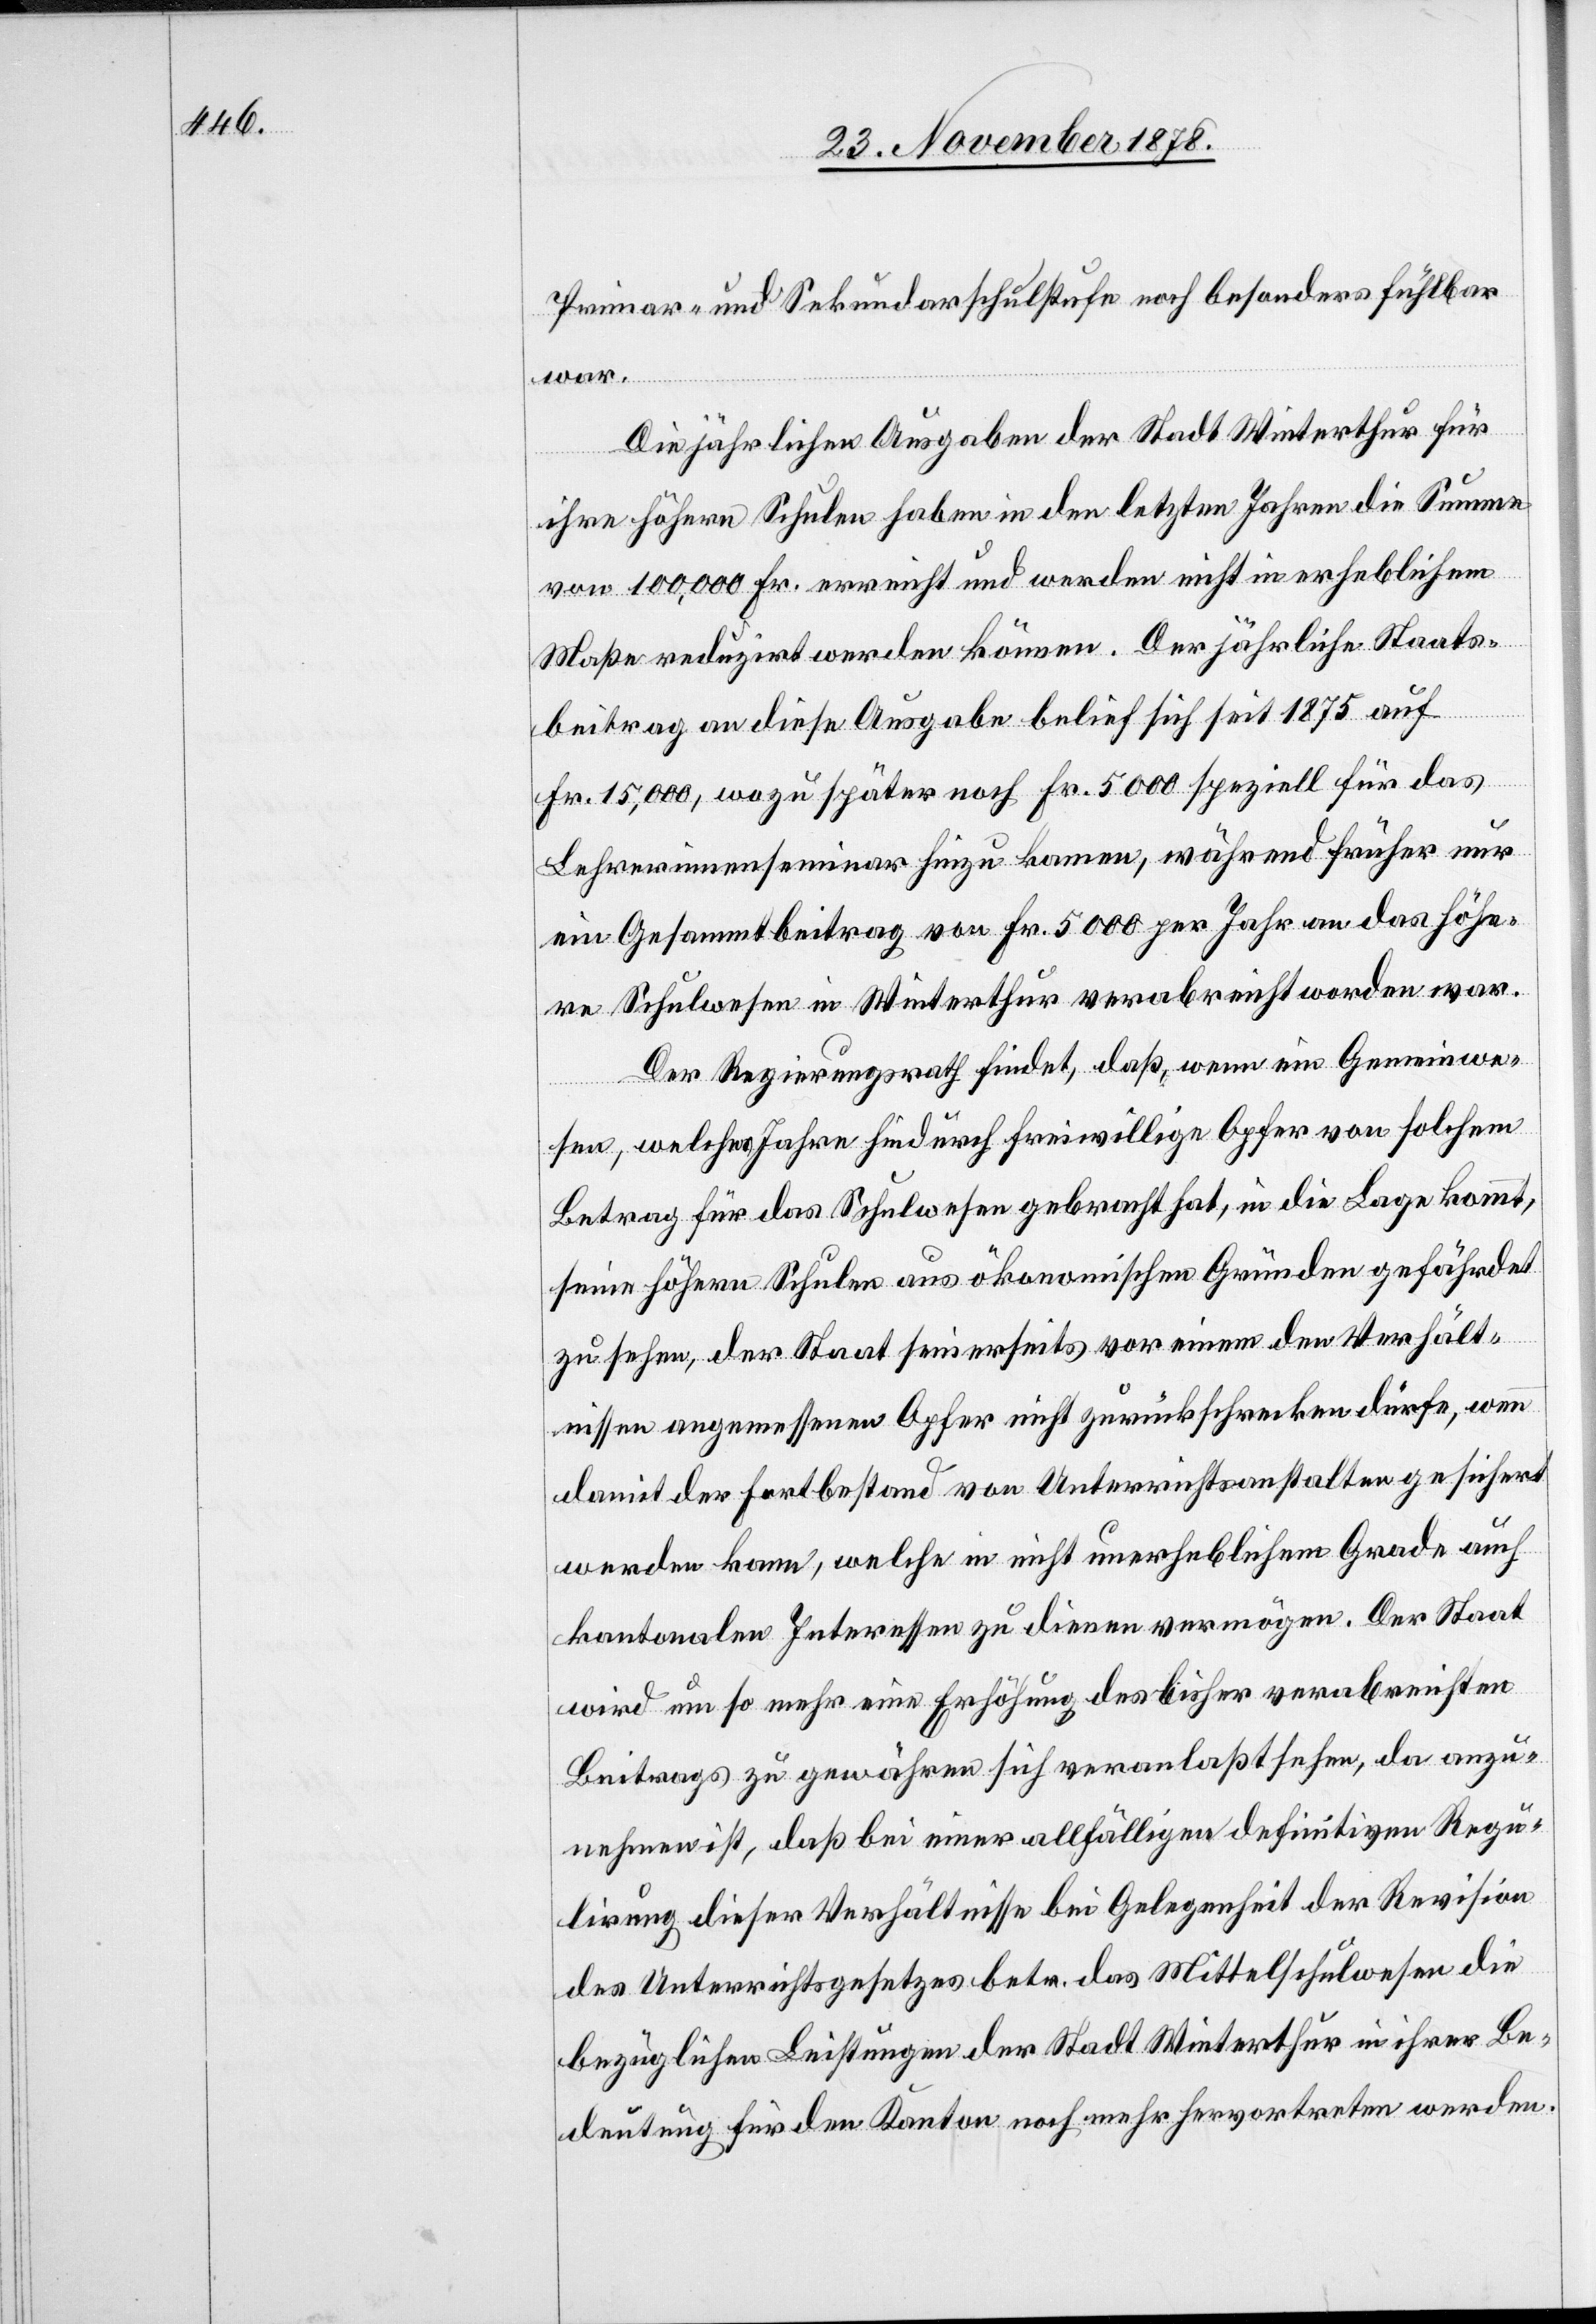
Primar- und Sekundarschulstufe noch besonders fühlbar
war.
Die jährlichen Ausgaben der Stadt Winterthur für
ihre höhern Schulen haben in den letzten Jahren die Summe
von 100,000 Fr. erreicht und werden nicht in erheblichem
Maße reduzirt werden können. Der jährliche Staats¬
beitrag an diese Ausgabe belief sich seit 1875 auf
Fr. 15,000, wozu später noch Fr. 5000 speziell für das
Lehrerinnenseminar hinzu kamen, während früher nur
ein Gesammtbeitrag von Fr. 5000 per Jahr an das höhe¬
re Schulwesen in Winterthur verabreicht worden war.
Der Regierungsrath findet, daß, wenn ein Gemeinwe¬
sen, welches Jahre hindurch freiwillige Opfer von solchem
Betrag für das Schulwesen gebracht hat, in die Lage kommt,
seine höhern Schulen aus ökonomischen Gründen gefährdet
zu sehen, der Staat seinerseits vor einem den Verhält¬
nissen angemessenen Opfer nicht zurückschrecken dürfe, wenn
damit der Fortbestand von Unterrichtsanstalten gesichert
werden kann, welche in nicht unerheblichem Grade auch
kantonalen Interessen zu dienen vermögen. Der Staat
wird um so mehr eine Erhöhung des bisher verabreichten
Beitrags zu gewähren sich veranlaßt sehen, da anzu¬
nehmen ist, daß bei einer allfälligen definitiven Regu¬
lirung dieser Verhältnisse bei Gelegenheit der Revision
des Unterrichtsgesetzes betr. das Mittelschulwesen die
bezüglichen Leistungen der Stadt Winterthur in ihrer Be¬
deutung für den Kanton noch mehr hervortreten werden.